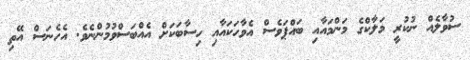
ސުވާލެއް ނުކުރީ މަލާކްގެ މަންމައާއި ބައްޕަވެސް އެވާހަކައާއި ހިސާބަކަށް އެއްބަސްވުމުންނެވެ. އެހެނަސް އޭތި